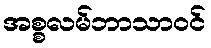
အစ္စလမ်ဘာသာဝင်